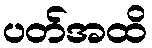
ပတ်အထိ